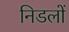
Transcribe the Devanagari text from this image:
निडलों